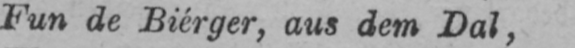
Fun de Biérger, aus dem Dal,